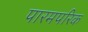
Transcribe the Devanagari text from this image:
पारमपरिक